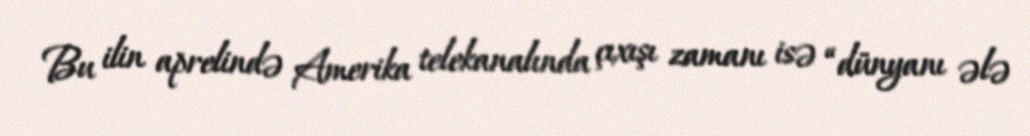
Bu ilin aprelində Amerika telekanalında çıxışı zamanı isə “dünyanı ələ